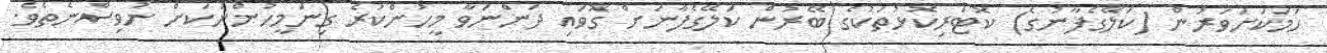
ހަމަކަށަވަރުން (ކަލޭގެފާނުގެ) ކޮޓަރިކޮޅުތަކުގެ ބޭރުން ކަލޭގެފާނަށް ގޮވައި ދަންނަވާ މީހުންކުރެ ގިނަމީހުންނަކަށް ނުވިސްނެތެވެ.